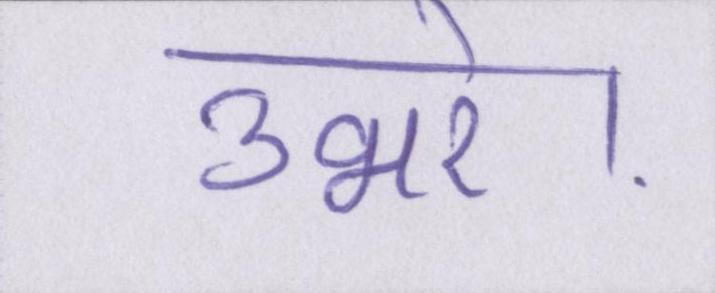
उभरे।